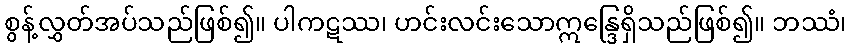
စွန့်လွှတ်အပ်သည်ဖြစ်၍။ ပါကဋဿ၊ ဟင်းလင်းသောဣန္ဒြေရှိသည်ဖြစ်၍။ ဘဿံ၊